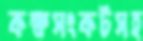
কক্ষসংকটসহ